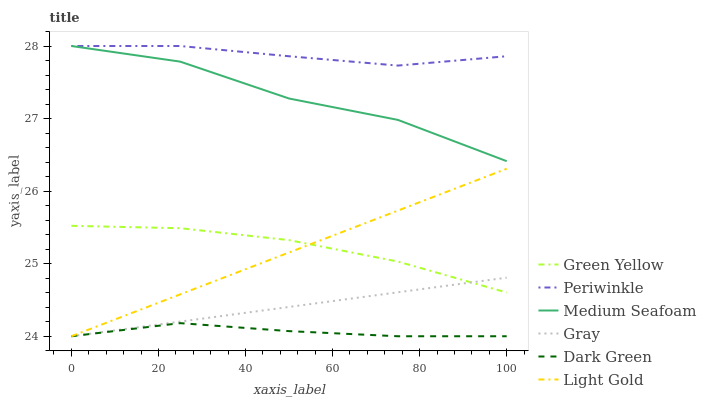
| xaxis_label | Green Yellow | Periwinkle | Medium Seafoam | Gray | Dark Green | Light Gold |
 | --- | --- | --- | --- | --- | --- | --- |
 | 0 | 25.5 | 28 | 28 | 24 | 24 | 24 |
 | 25 | 25.5 | 28 | 27.8 | 24.2 | 24.2 | 24.6 |
 | 50 | 25.3 | 27.9 | 27.3 | 24.4 | 24.1 | 25.2 |
 | 75 | 25 | 27.7 | 27 | 24.6 | 24 | 25.7 |
 | 100 | 24.6 | 27.9 | 26.4 | 24.8 | 24 | 26.3 |